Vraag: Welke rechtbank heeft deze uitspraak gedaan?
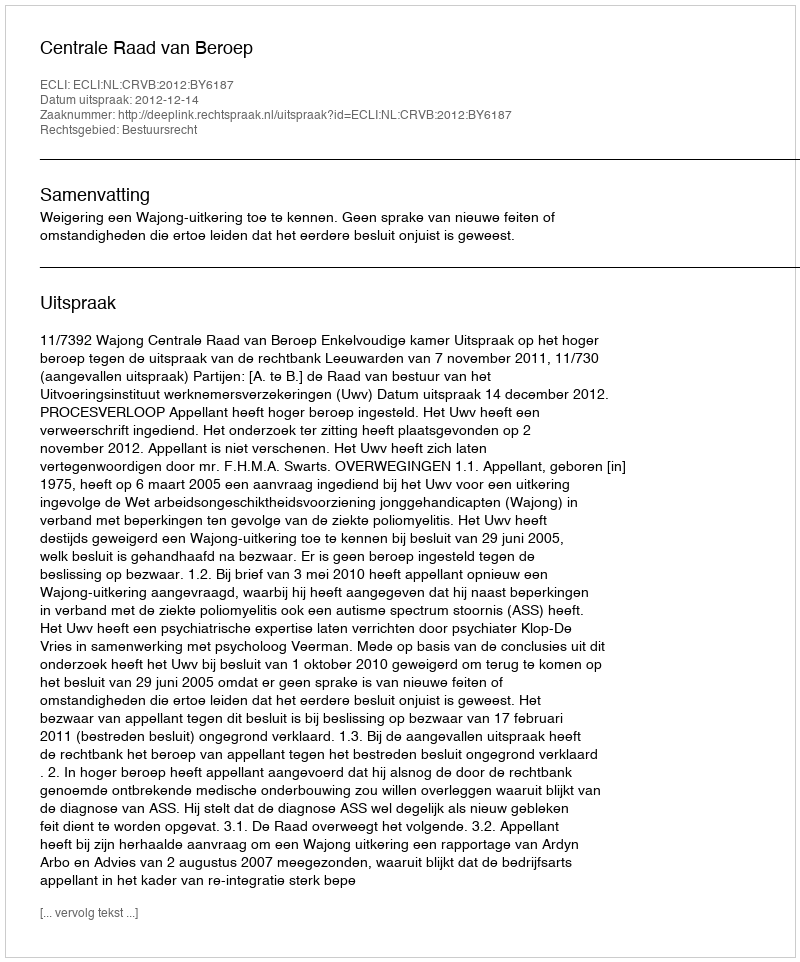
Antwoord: Centrale Raad van Beroep